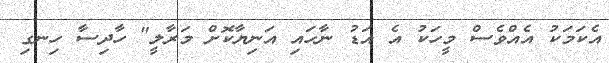
އެކަަމަކު އެއްވެސް މީހަކު އެ އަޑު ނާހައި އަނިޔާކޮށް މަރާލީ" ހާދިސާ ހިނގި